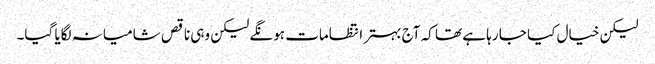
لیکن خیال کیا جا رہا ہے تھا کہ آج بہتر انتظامات ہونگے لیکن وہی ناقص شامیانہ لگایا گیا۔